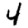
Digit: 4